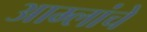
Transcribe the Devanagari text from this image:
आम्लांचे